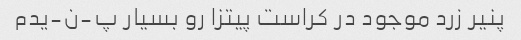
پنیر زرد موجود در کراست پیتزا رو بسیار پ-ن-یدم